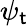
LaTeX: \psi_{\mathsf{t}}